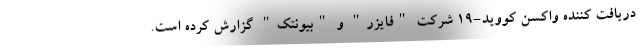
دریافت کننده واکسن کووید-۱۹ شرکت "فایزر" و "بیونتک" گزارش کرده است.